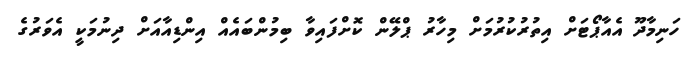
ހަނިމާދޫ އެއާޕޯޓަށް އިތުރުކުރުމަށް މިހާރު ޕްލޭން ކޮށްފައިވާ ބިމުންބައެއް އިންޑިއާއަށް ދިނުމަކީ އެވަރުގެ